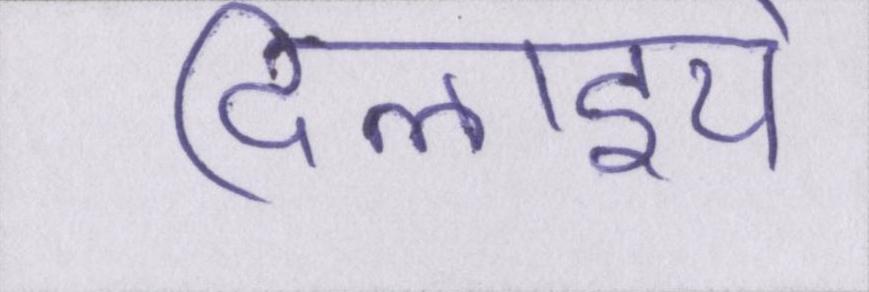
दिलाइये